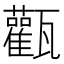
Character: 𤮴